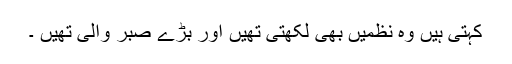
کہتی ہیں وہ نظمیں بھی لکھتی تھیں اور بڑے صبر والی تھیں ۔